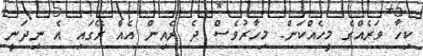
ކިހާ ވަރެއްގެ މީހެއްކަން. މިހާރުވެސް ދެ ރެއިން އެއް ރޭގައި އެ ނިދަނީ